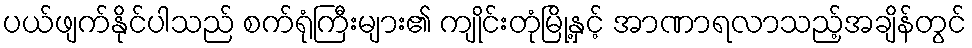
ပယ်ဖျက်နိုင်ပါသည် စက်ရုံကြီးများ၏ ကျိုင်းတုံမြို့နှင့် အာဏာရလာသည့်အချိန်တွင်